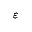
\varepsilon